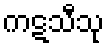
ကဋသီသု